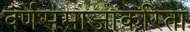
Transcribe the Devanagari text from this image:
वर्णसमाजाकरिता